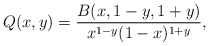
\begin{align*}Q(x,y)\allowbreak =\allowbreak \frac{B(x,1-y,1+y)}{x^{1-y}(1-x)^{1+y}},\end{align*}